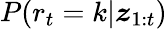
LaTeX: P(r_{t}=k|\boldsymbol{z}_{1:t})